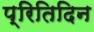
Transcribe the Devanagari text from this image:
प्रितिदिन